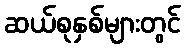
ဆယ်စုနှစ်များတွင်